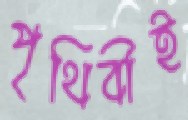
পৃথিবীই